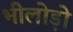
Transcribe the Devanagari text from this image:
भीलोड़ो